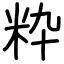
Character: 粋